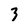
Character: 3